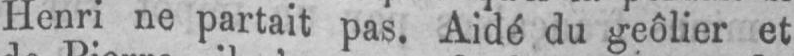
Henri ne partait pas. Aidé du geôlier et